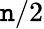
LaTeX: \mathtt{n}/2